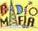
CAPR